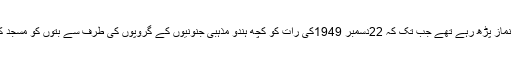
مسلمان اس مسجد میں اس وقت تک نماز پڑھ رہے تھے جب تک کہ 22دسمبر 1949کی رات کو کچھ ہندو مذہبی جنونیوں کے گروپوں کی طرف سے بتوں کو مسجد کے اندر زبردستی نصب کیا گیا تھا۔